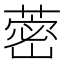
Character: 蔤